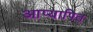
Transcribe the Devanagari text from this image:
आप्यापित